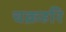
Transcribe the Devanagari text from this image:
चक्रहरि